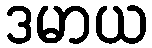
ဒမာယ